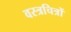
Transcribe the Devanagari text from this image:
वस्त्रचित्रों